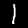
Label: 1